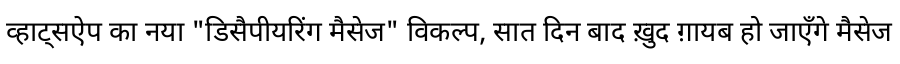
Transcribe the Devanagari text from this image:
व्हाट्सऐप का नया "डिसैपीयरिंग मैसेज" विकल्प, सात दिन बाद ख़ुद ग़ायब हो जाएँगे मैसेज